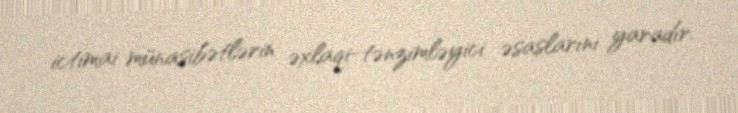
ictimai münasibətlərin əxlaqi-tənzimləyici əsaslarını yaradır.